Annual administration and progress report of the Indian Medical Department, Bombay
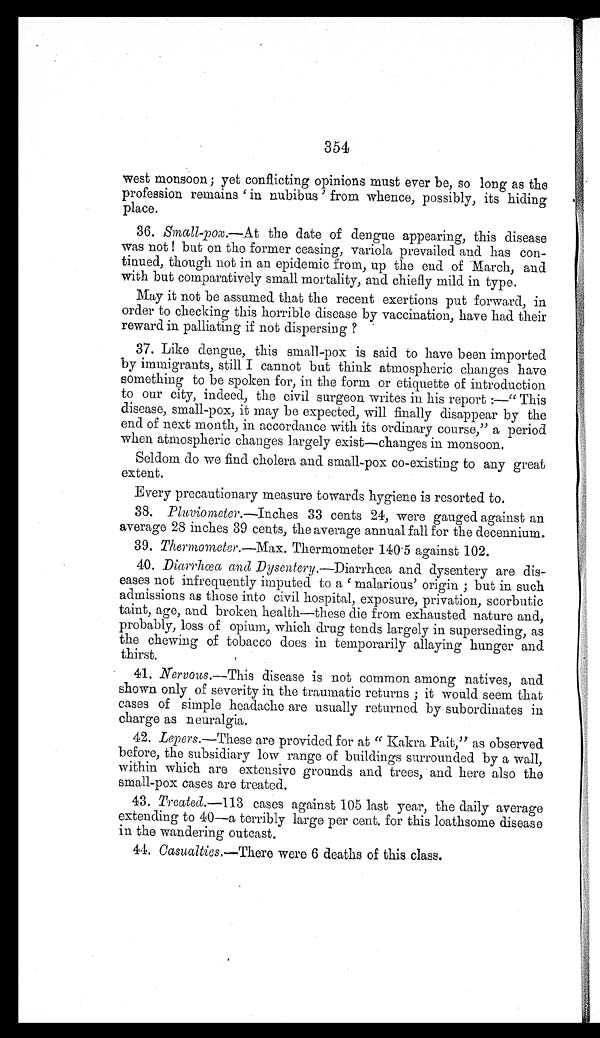
354
west monsoon ; yet conflicting opinions must ever be, so long as the
professi on remai ns ' i n nubi bus' from whence, possi bl y, i t s hi di ng
place.
36. Small-pox.—At the date of dengue appearing, this disease
was not ! but on the former ceasing, variola prevailed and has con-
tinued, though not in an epidemic from, up the end of March, and
with but comparatively small mortality, and chiefly mild in type.
May it not be assumed that the recent exertions put forward, in
order to checking this horrible disease by vaccination, have had their
reward in palliating if not dispersing ?
37. Like dengue, this small-pox is said to have been imported
by immigrants, still I cannot but think atmospheric changes have
something to be spoken for, in the form or etiquette of introduction
to our city, indeed, the civil surgeon writes in his report:— "This
disease, small-pox, it may be expected, will finally disappear by the
end of next month, in accordance with its ordinary course," a period
when atmospheric changes largely exist—changes in monsoon.
Seldom do we find cholera and small-pox co-existing to any great
extent.
Every precautionary measure towards hygiene is resorted to.
38.
Pluviometer.—Inches 33 cents 24, were gauged against an
average 28 inches 39 cents, the average annual fall for the decennium.
39. Thermometer.—Max . Thermometer 140.5 against 102.
40.
Diarrhœa and Dysentery.—Diarrhœa and dysentery are dis
- e a s e s n o t i n f r e q u e n t l y i m p u t e d t o a ' m a l a r i o u s ' o r i g i n ; b u t i n s u c h
admissions as those into civil hospital, exposure, privation, scorbutic
taint, age, and broken health—these die from exhausted nature and,
probably, loss of opium, which drug tends largely in superseding, as
the chewing of tobacco does in temporarily allaying hunger and
thirst.
41. Nervous. —This disease is not common among natives, and
shown only of severity in the traumatic returns ; it would seem that
cases of simple headache are usually returned by subordinates in
charge as neuralgia.
42. Lepers .—These are provided for at " Kakra Pait," as observed
before, the subsidiary low range of buildings surrounded by a wall,
within which are extensive grounds and trees, and here also the
small-pox cases are treated.
43. Treated .—113 cases against 105 last year, the daily average
extending to 40—a terribly large per cent. for this loathsome disease
in the wandering outcast.
44. Casualties .—There were 6 deaths of this class.